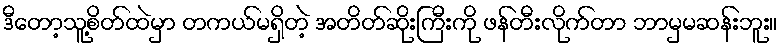
ဒီတော့သူ့စိတ်ထဲမှာ တကယ်မရှိတဲ့ အတိတ်ဆိုးကြီးကို ဖန်တီးလိုက်တာ ဘာမှမဆန်းဘူး။